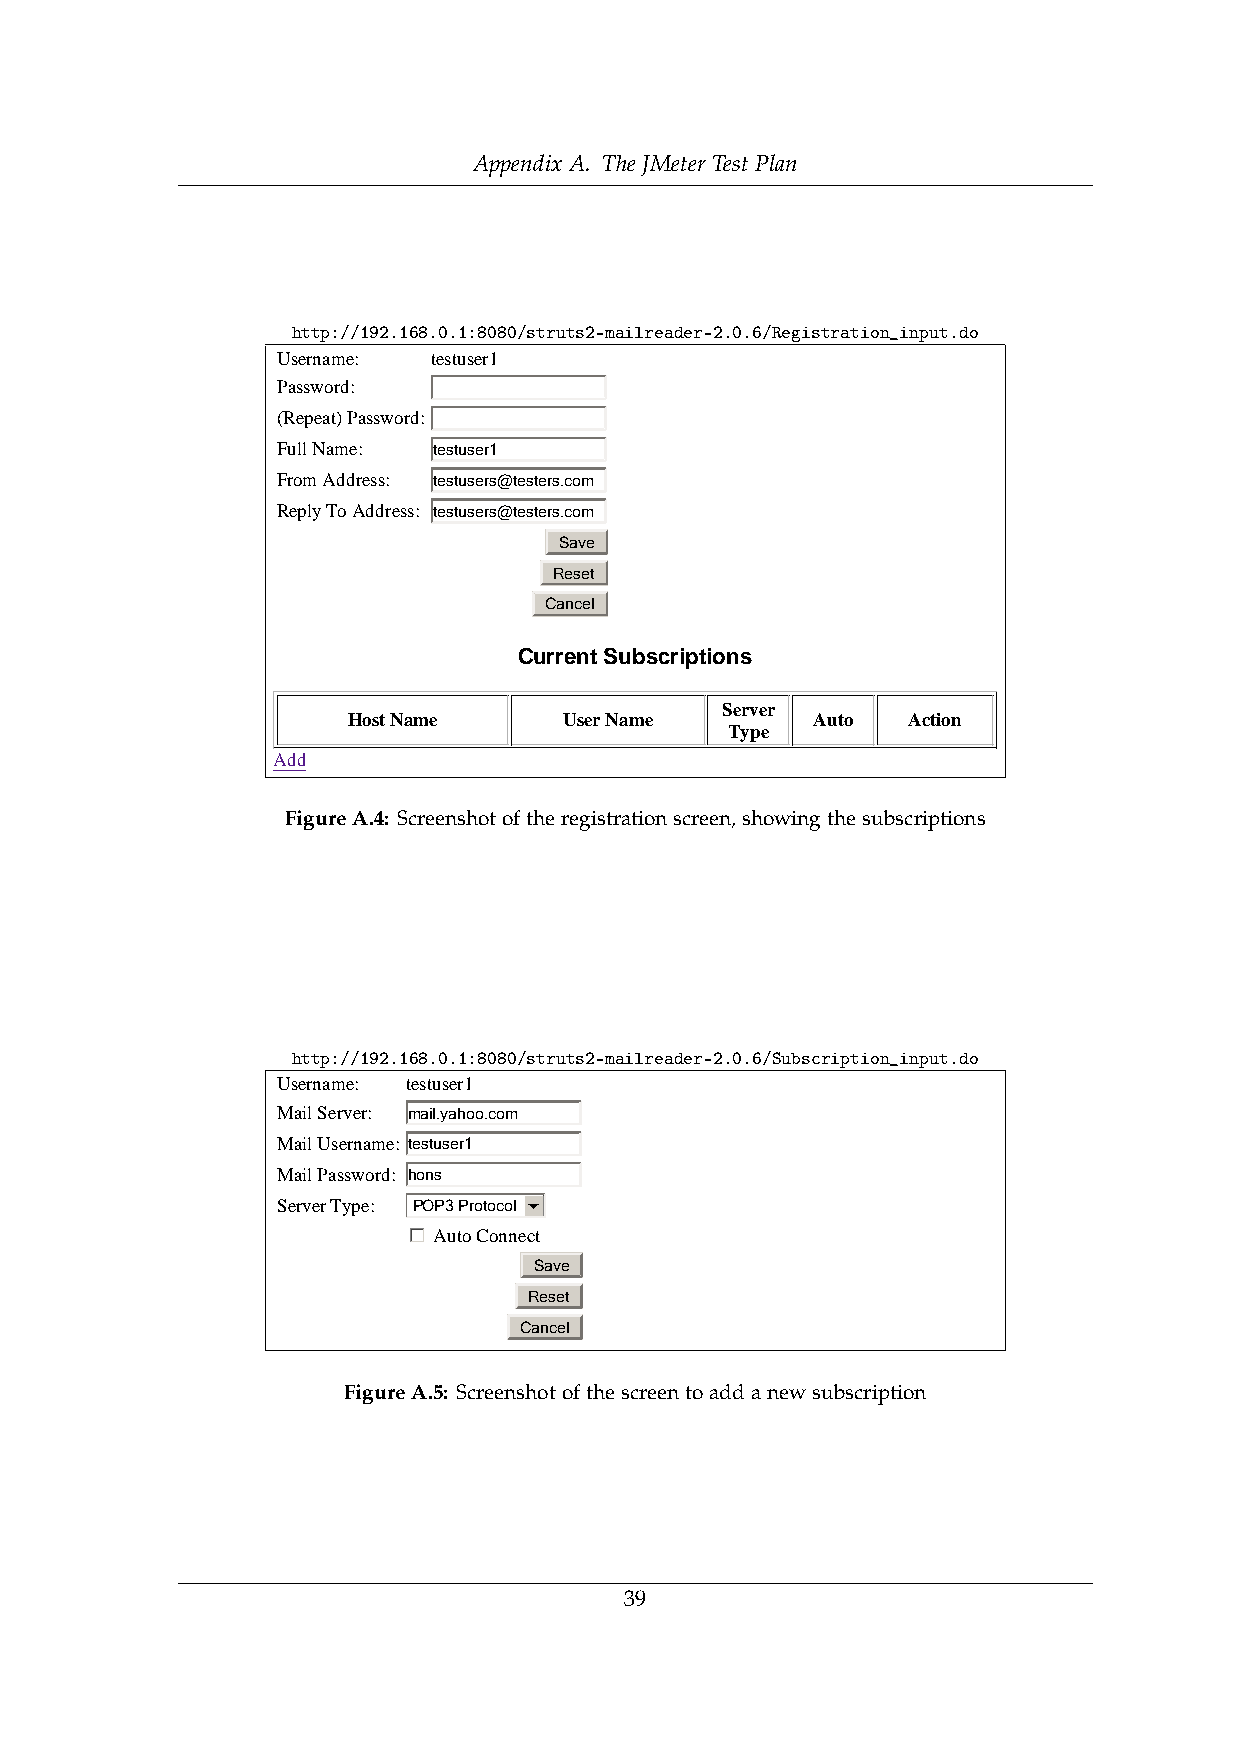
Appendix A. The JMeter Test Plan
 http://192.168.0.1:8080/struts2-mailreader-2.0.6/Registration_input.do
 Username: testuser1
 Password:
 (Repeat) Password:
 Full Name: testuser1
 From Address: testusers@testers.com
 Reply To Address: testusers@testers.com
 Save
 Reset
 Cancel
 Current Subscriptions
 Server
 Host Name     User Name        Auto  Action
 Type
 Add
 MFaiiglRueraedeAr D.4e:mSocnrseterantisohno Atpopflitchaetiornegistrationscreen,showingthesubscriptions
 http://192.168.0.1:8080/struts2-mailreader-2.0.6/Subscription_input.do
 Username: testuser1
 Mail Server: mail.yahoo.com
 Mail Username: testuser1
 Mail Password: hons
 Server Type: PPOOPP33 PPrroottooccooll 6
 gfedc Auto Connect
 Save
 Reset
 Cancel
 MailReadFeirg DuermeoAns.t5ra:tSiocnr eAepnpslihcoattioonfthescreentoaddanewsubscription
 39